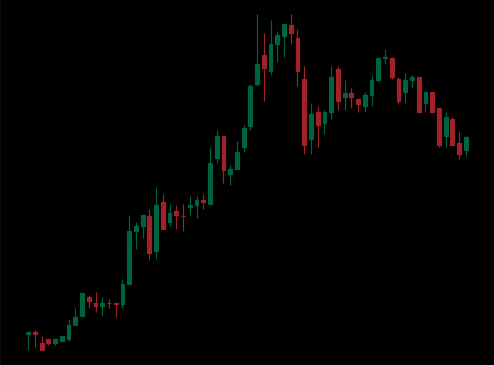
Pattern: bear_flag